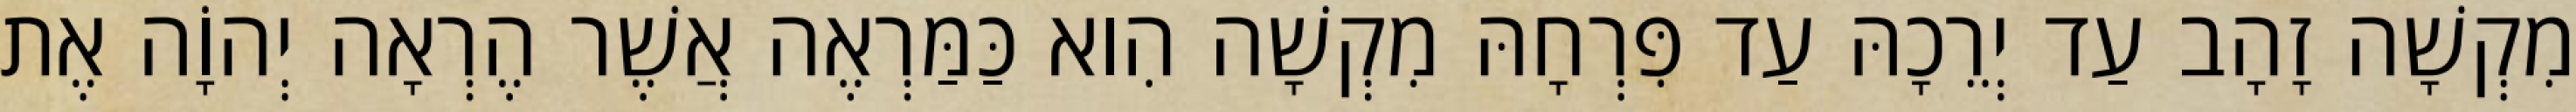
מִקְשָׁה זָהָב עַד יְרֵכָהּ עַד פִּרְחָהּ מִקְשָׁה הִוא כַּמַּרְאֶה אֲשֶׁר הֶרְאָה יְהוָֹה אֶת